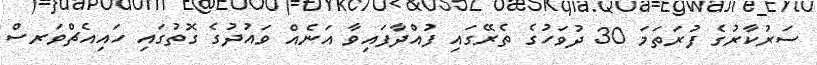
ސަރުކާރުގެ ފުރަތަމަ 30 ދުވަހުގެ ތެރޭގައި ފުއްދާފައިވާ އަނެއް ވައުދުގެ ގޮތުގައި ހައިއެޗްވަރސް